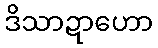
ဒိသာဍာဟော